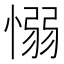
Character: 愵